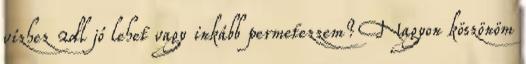
vízhez 2dl jó lehet vagy inkább permetezzem? Nagyon köszönöm